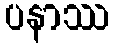
ပနာဿ